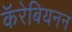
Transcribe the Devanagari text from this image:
कॅरेबियनन